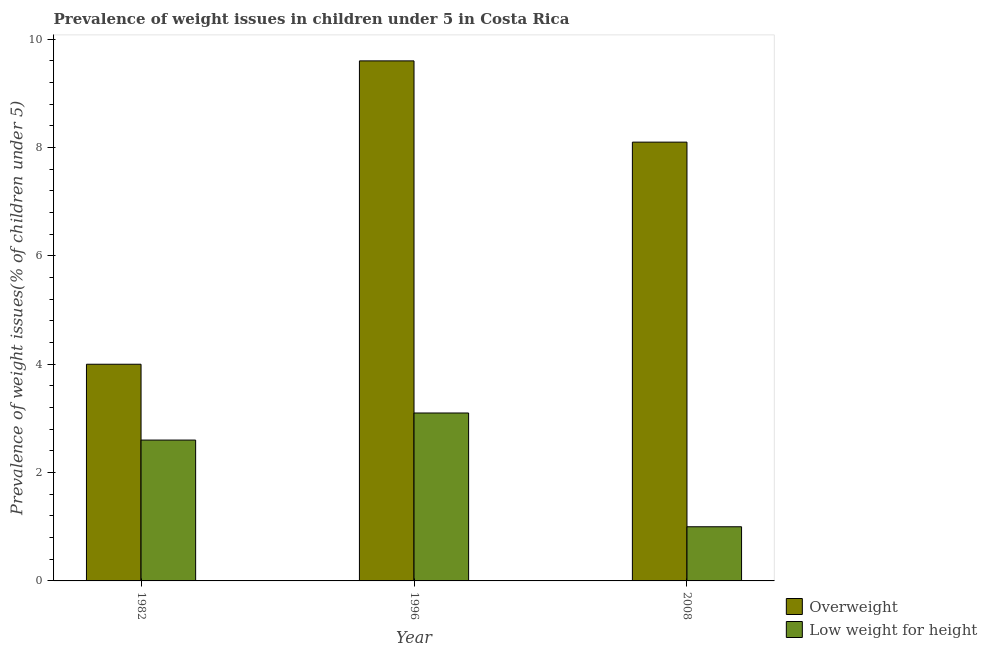
| Year | Overweight | Low weight for height |
 | --- | --- | --- |
 | 1982 | 4 | 2.6 |
 | 1996 | 9.6 | 3.1 |
 | 2008 | 8.1 | 1 |